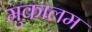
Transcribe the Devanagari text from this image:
मुकालम